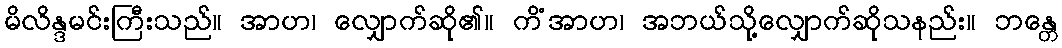
မိလိန္ဒမင်းကြီးသည်။ အာဟ၊ လျှောက်ဆို၏။ ကိံအာဟ၊ အဘယ်သို့လျှောက်ဆိုသနည်း။ ဘန္တေ